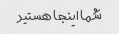
شما اینجا هستید